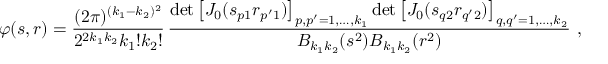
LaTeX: \varphi ( s , r ) = \frac { ( 2 \pi ) ^ { ( k _ { 1 } - k _ { 2 } ) ^ { 2 } } } { 2 ^ { 2 k _ { 1 } k _ { 2 } } k _ { 1 } ! k _ { 2 } ! } \, \frac { \operatorname * { d e t } \left[ J _ { 0 } ( s _ { p 1 } r _ { p ^ { \prime } 1 } ) \right] _ { p , p ^ { \prime } = 1 , \ldots , k _ { 1 } } \operatorname * { d e t } \left[ J _ { 0 } ( s _ { q 2 } r _ { q ^ { \prime } 2 } ) \right] _ { q , q ^ { \prime } = 1 , \ldots , k _ { 2 } } } { B _ { k _ { 1 } k _ { 2 } } ( s ^ { 2 } ) B _ { k _ { 1 } k _ { 2 } } ( r ^ { 2 } ) } \ ,